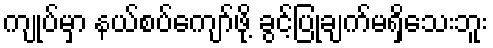
ကျုပ်မှာ နယ်စပ်ကျော်ဖို့ ခွင့်ပြုချက်မရှိသေးဘူး